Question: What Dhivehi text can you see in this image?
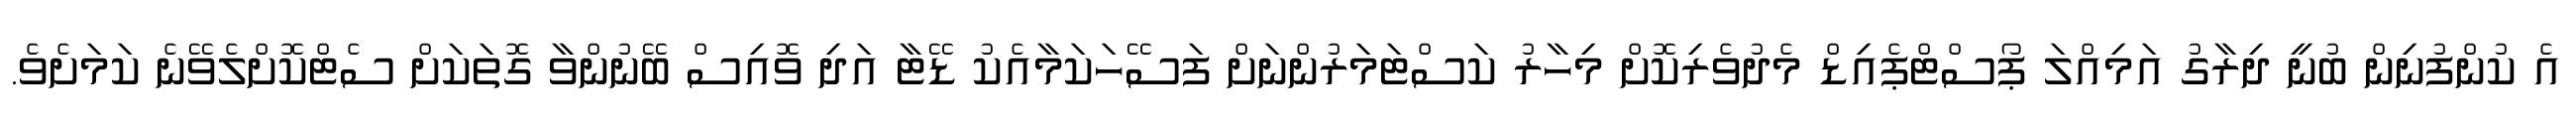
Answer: އެ ކުންފުނިން ބުނީ ދިރާގު އަމިއްލަ ޕޯސްޓްޕެއިޑް މެދުވެރިކޮށް މިހާރު ކަސްޓަމަރުންނަށް ފަސޭހަކަމާއެކު ޑޭޓާ އަދި ވޮއިސް ބޭނުންވާ ގޮތަކަށް ސެޓްކޮށްލެވޭނެ ކަމަށެވެ.